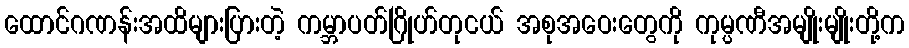
ထောင်ဂဏန်းအထိများပြားတဲ့ ကမ္ဘာပတ်ဂြိုဟ်တုငယ် အစုအဝေးတွေကို ကုမ္ပဏီအမျိုးမျိုးတို့က